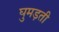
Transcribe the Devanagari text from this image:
घुमड़ती